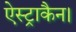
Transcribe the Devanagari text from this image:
ऐस्ट्राकैन।